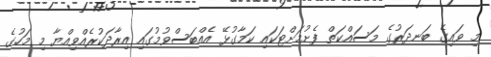
މި ވައިގެ ބަނދަރުގެ މަސައްކަތް ފެށުމަށްޓަކައި ކަމާގުޅޭ އެއްބަސްވުމުގައި އިރާދަކުރެއްވިއްޔާ މި މަހުގެ